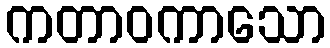
ကတာဝကာသော